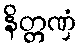
နိတ္တဏှံ